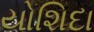
યોશિદા